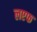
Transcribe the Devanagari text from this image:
लएफ